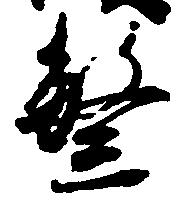
繁